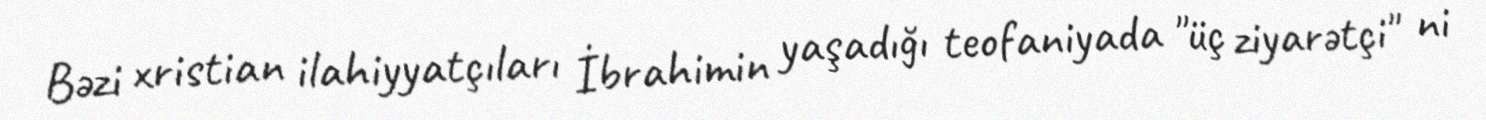
Bəzi xristian ilahiyyatçıları İbrahimin yaşadığı teofaniyada "üç ziyarətçi" ni